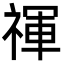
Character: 禈